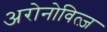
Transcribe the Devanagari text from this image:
अरोनोवित्ज़